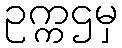
ဥက္ကဌမှ